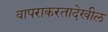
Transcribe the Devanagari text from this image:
वापराकरतादेखील